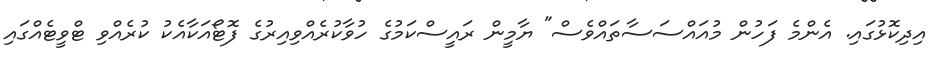
އިދިކޮޅުގައި. އެންމެ ފަހުން މުއައްސަސާތައްވެސް" ޔާމީން ރައީސްކަމުގެ ހުވާކުރެއްވިއިރުގެ ފޮޓޯއަކާއެކު ކުރެއްވި ޓްވީޓެއްގައި